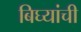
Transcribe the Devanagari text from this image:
बिघ्यांची